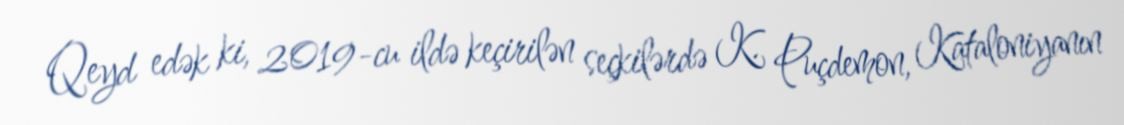
Qeyd edək ki, 2019-cu ildə keçirilən seçkilərdə K. Puçdemon, Kataloniyanın